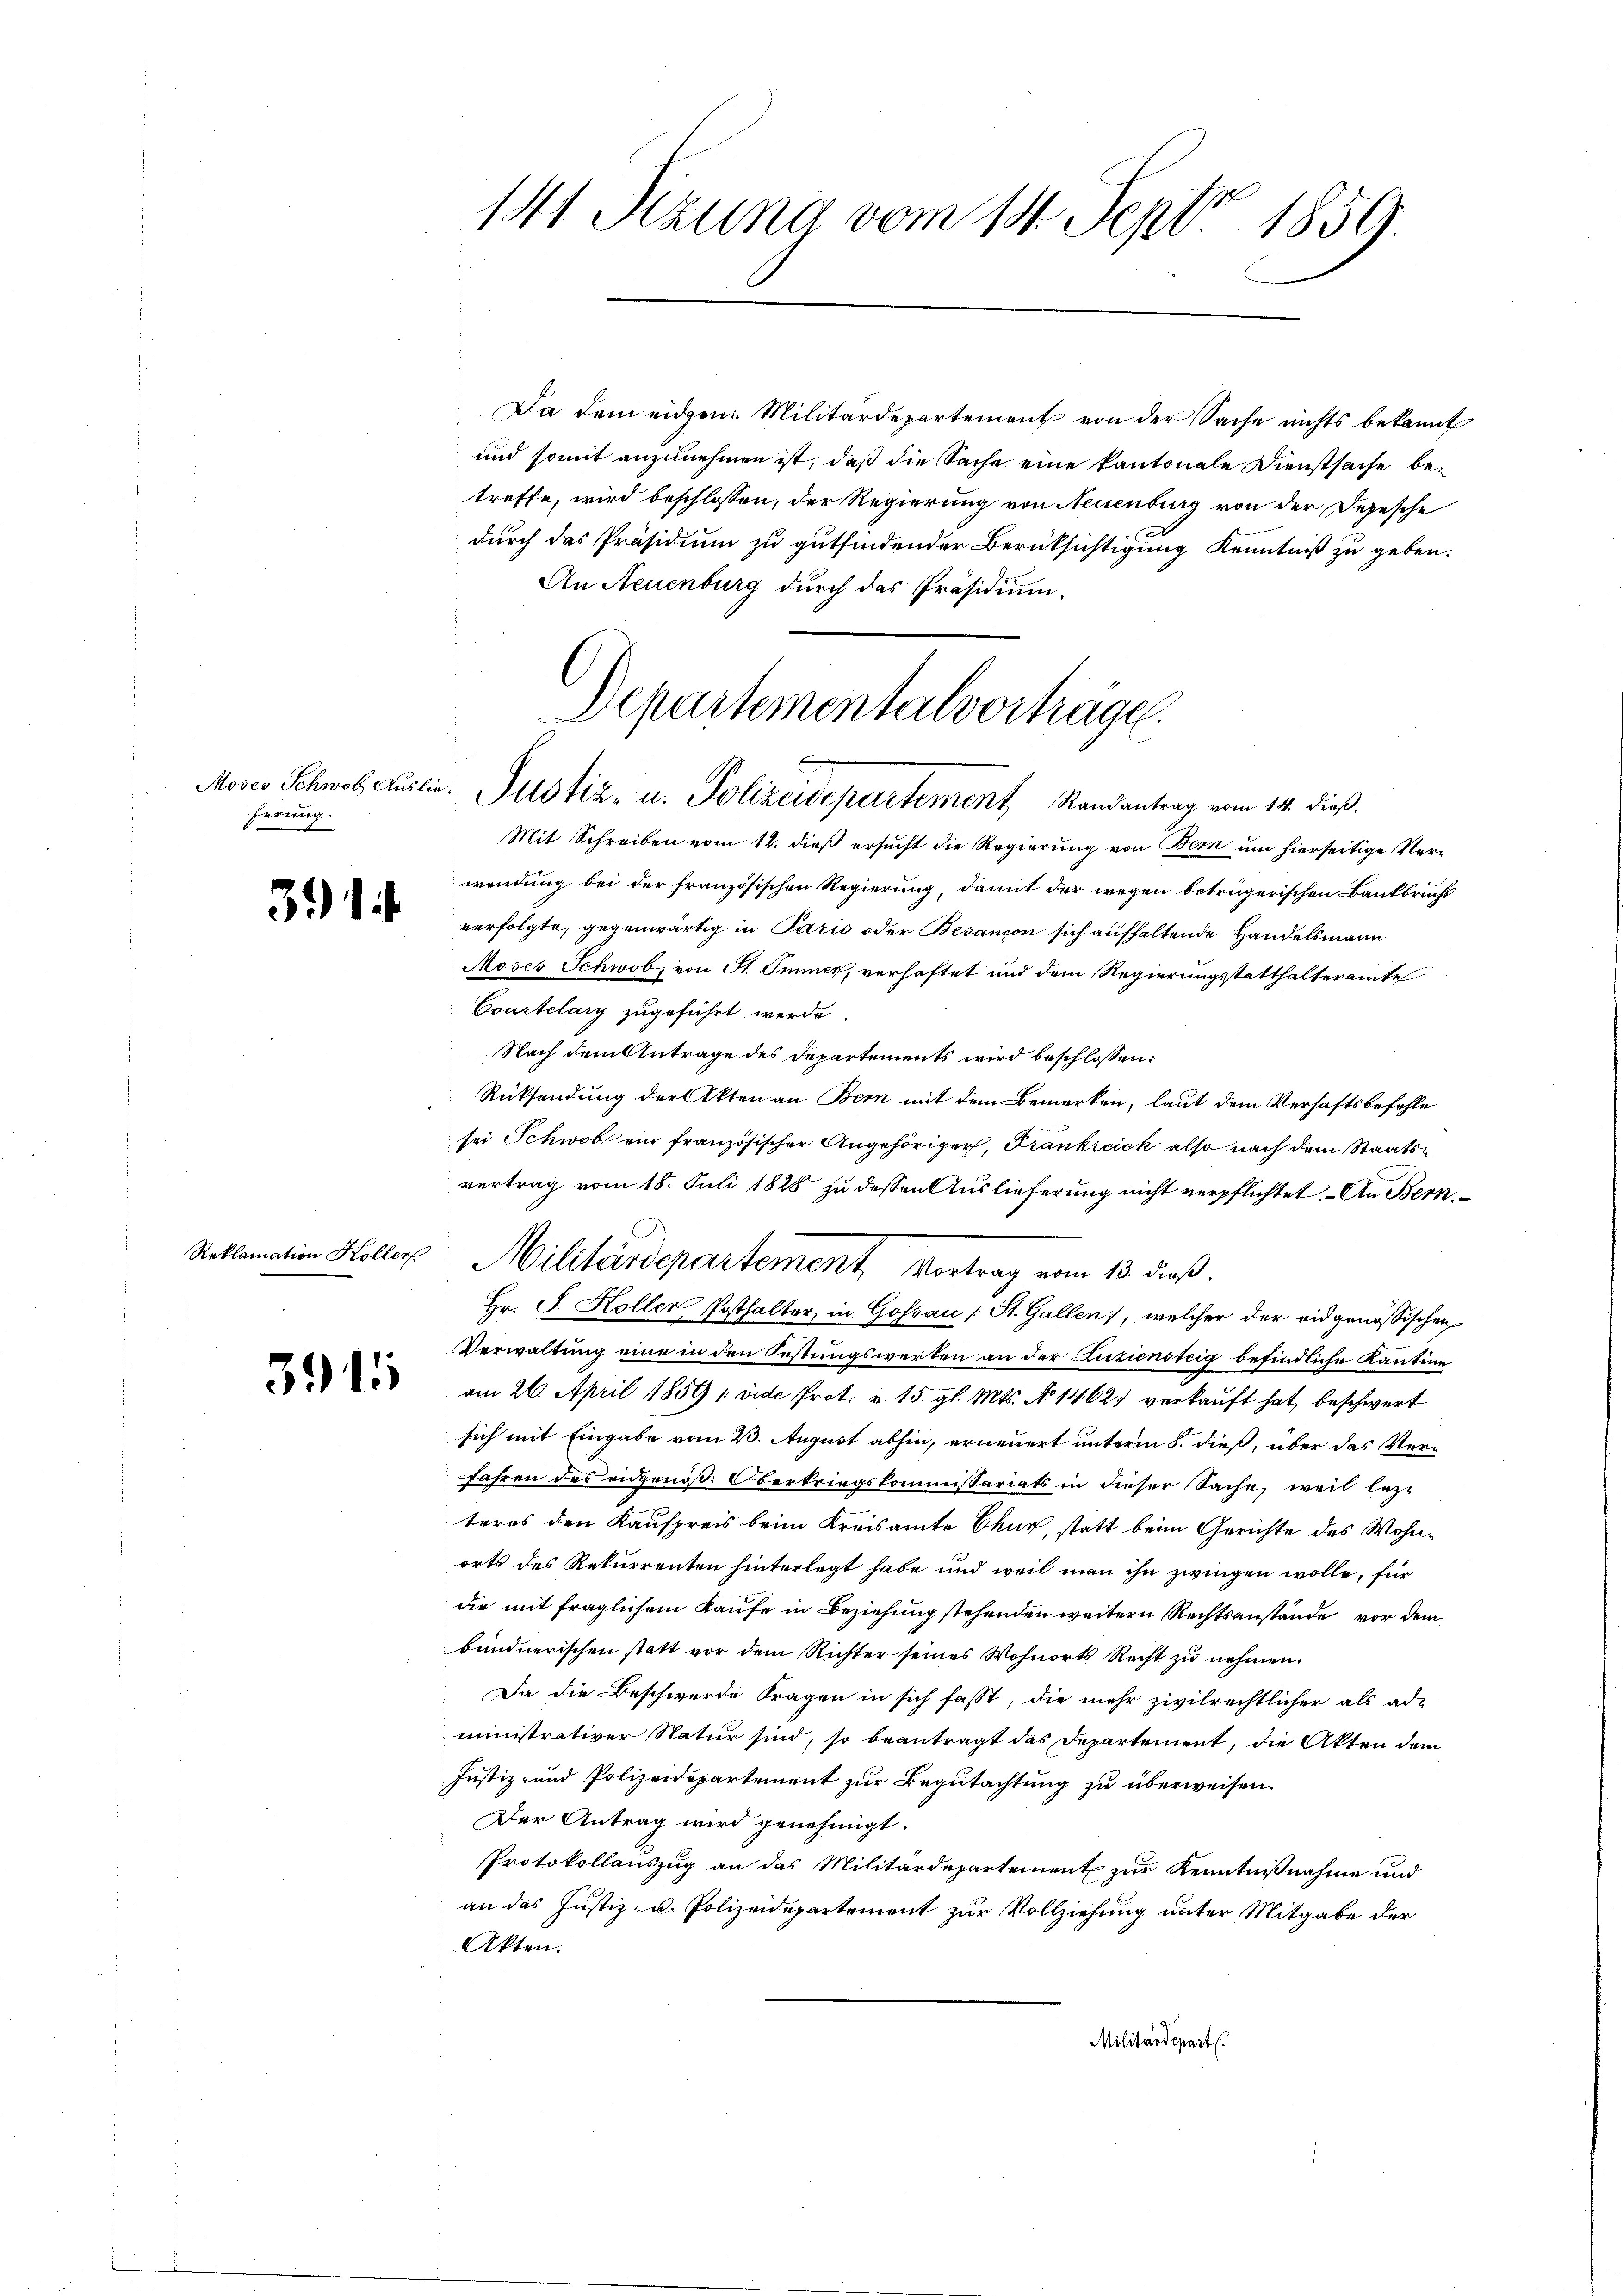
ferung.

Reklami

nation Koller.

Da dem eidgen: Militärdepartement von der Sache nichts bekannt
und somit anzunehmen ist, daß die Sache eine kantonale Dienstsache betreffe, wird beschlossen, der Regierung von Neuenburg von der Depesche
durch das Präsidium zu gutfindender Berüksichtigung Kenntniß zu geben.
An Neuenburg durch das Präsidium.

141. Szuna vom 14. Sept. 1859.

Departementalvorträge.
Moses Schwab Auslie Justiz- u. Polizeidepartement Randantrag vom 14. dieβ.

Mit Schreiben vom 12. dieß ersucht die Regierung von Bern um hierseitige Verwendung bei der französischen Regierung, damit der wegen betrügerischen Bankbruchs
 verfolgte, gegenwärtig in Paris oder Besanzen sich aŭfhaltende Handelsmann
Moses Schwob, von St. Immer, verhaftet und dem Regierungsstatthalteramte
Courtelary zugeführt werde
Nach dem Antrage des Departements wird beschlossen:
Rücksendung der Akten an Bern mit dem Bemerken, laut dem Verhaftsbefehle
sei Schwab, ein französischer Angehöriger, Frankreich also nach dem Staatsvertrag vom 18. Juli 1828 zu dessen Auslieferung nicht verpflichtet. - An Bern
Hr. J. Koller Posthalter, in Gossau (St. Gallen), welcher der eidgenössischen
Verwaltung eine in den Festungswerken an der Zuziensteig befindliche Kantine
 am 26. April 1859 1 vide Prot. v. 15. gl. Mts. No 14621 verkaŭft hat, beschwert
sich mit Eingabe vom 23. August abhin, erneuert unterm 8. dieß, über das Verfahren des eidgenöß. Oberkriegskommissariats in dieser Sache, weil lez-
teres den Kaufpreis beim Kreisamte Chur, statt beim Gerichte des Wohnorts des Rekurrenten hinterlegt habe und weil man ihn zwingen wolle, für
die mit fraglichem Kaufe in Beziehung stehenden weitern Rechtsanstände vor dem
bündnerischen statt vor dem Richter seines Wohnorts Recht zŭ nehmen.
Da die Beschwerde tragen in sich fasst, die mehr zivilrechtlicher als ad-
ministrativer Natur sind, so beantragt das Departement, die Akten dem
Justiz- und Polizeidepartement zur Begutachtung zu überweisen.
Der Antrag wird genehmigt.
Protokollauszug an das Militärdepartement zur Kenntnißnahme und
an das Justiz- u. Polizeidepartement zur Vollziehung unter Mitgabe der
Akten.
Militärdepart.

Millinderartement vom 18. dieß